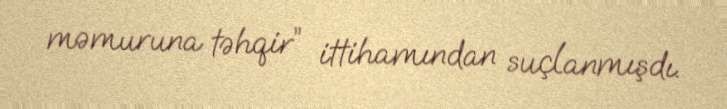
məmuruna təhqir” ittihamından suçlanmışdı.